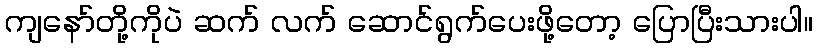
ကျနော်တို့ကိုပဲ ဆက် လက် ဆောင်ရွက်ပေးဖို့တော့ ပြောပြီးသားပါ။